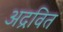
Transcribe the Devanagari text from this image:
अद्रवित